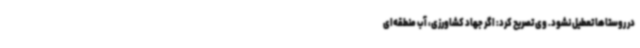
در روستاها تعطیل نشود. وی تصریح کرد: اگر جهاد کشاورزی، آب منطقه‌ای